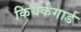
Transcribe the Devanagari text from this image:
कियर्कगार्ड